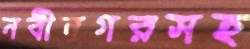
নবীনগরসহ